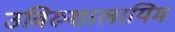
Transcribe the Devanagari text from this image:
उविरुशालायिम